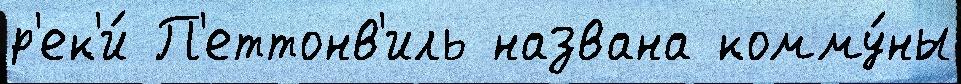
р'ек'и́ П'еттонв'иль названа комму́ны